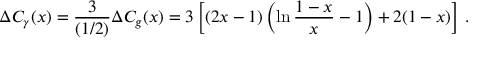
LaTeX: \Delta C _ { \gamma } ( x ) = \frac { 3 } { ( 1 / 2 ) } \Delta C _ { g } ( x ) = 3 \left[ ( 2 x - 1 ) \left( \ln \frac { 1 - x } { x } - 1 \right) + 2 ( 1 - x ) \right] \, .